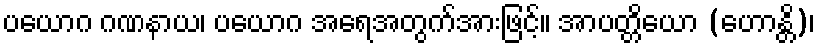
ပယောဂ ဂဏနာယ၊ ပယောဂ အရေအတွက်အားဖြင့်။ အာပတ္တိယော (ဟောန္တိ)၊